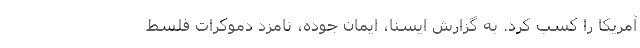
آمریکا را کسب کرد. به گزارش ایسنا، ایمان جوده، نامزد دموکرات فلسط